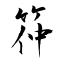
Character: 筗